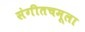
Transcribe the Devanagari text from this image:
संगीतचमूला